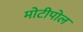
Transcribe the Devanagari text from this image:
मोटीपोल